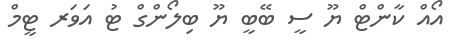
އޯއް ކާންޓް ޔޫ ސީ ބޭބީ ޔޫ ބިލޯންގް ޓު އަވަރ ޓީމް